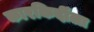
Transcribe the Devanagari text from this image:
कारकिर्दीला